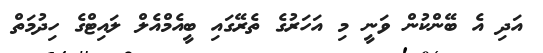
އަދި އެ ބޭންކުން ވަނީ މި އަހަރުގެ ތެރޭގައި ބީއެމްއެލް ލައިޓްގެ ހިދުމަތް